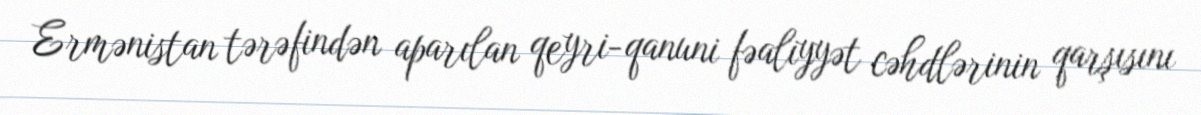
Ermənistan tərəfindən aparılan qeyri-qanuni fəaliyyət cəhdlərinin qarşısını